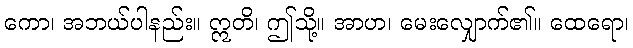
ကော၊ အဘယ်ပါနည်း။ ဣတိ၊ ဤသို့။ အာဟ၊ မေးလျှောက်၏။ ထေရော၊